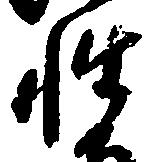
性